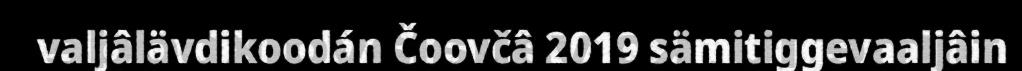
valjâlävdikoodán Čoovčâ 2019 sämitiggevaaljâin